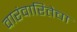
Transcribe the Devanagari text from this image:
वारंवारितेचा